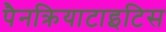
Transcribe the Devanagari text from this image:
पैनक्रियाटाइटिस